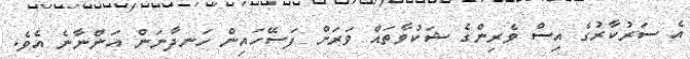
އެ ސަރުކާރުގެ އިސް ވެރިންގެ ޝަކުވާތައް ވަރަށް ފަސޭހައިން ހަނދާނަން އަންނާނެ އެވެ.